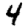
Digit: 4